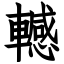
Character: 轗